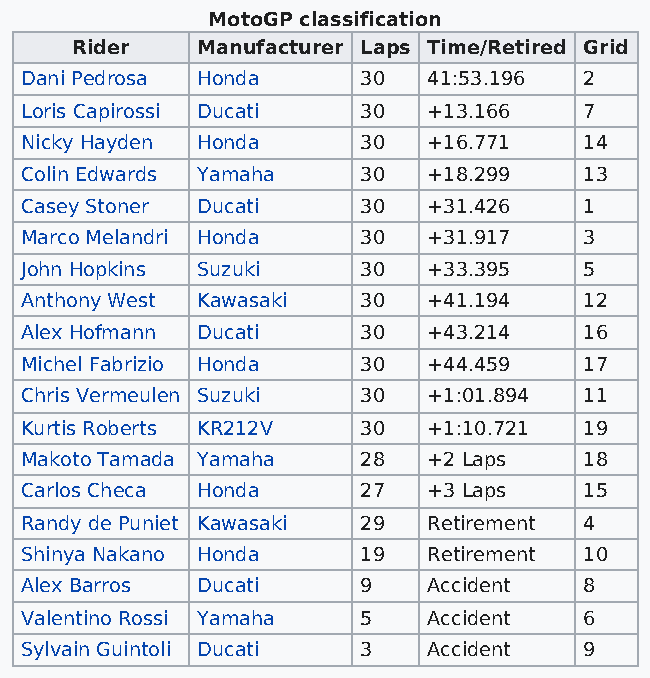
MotoGP classification
 Rider   Manufacturer Laps Time/Retired Grid
 Dani Pedrosa Honda     30  41:53.196  2
 Loris Capirossi Ducati 30  +13.166    7
 Nicky Hayden Honda     30  +16.771    14
 Colin Edwards Yamaha   30  +18.299    13
 Casey Stoner Ducati    30  +31.426    1
 Marco Melandri Honda   30  +31.917    3
 John Hopkins Suzuki    30  +33.395    5
 Anthony West Kawasaki  30  +41.194    12
 Alex Hofmann Ducati    30  +43.214    16
 Michel Fabrizio Honda  30  +44.459    17
 Chris Vermeulen Suzuki 30  +1:01.894  11
 Kurtis Roberts KR212V  30  +1:10.721  19
 Makoto Tamada Yamaha   28  +2 Laps    18
 Carlos Checa Honda     27  +3 Laps    15
 Randy de Puniet Kawasaki 29 Retirement 4
 Shinya Nakano Honda    19  Retirement 10
 Alex Barros Ducati     9   Accident   8
 Valentino Rossi Yamaha 5   Accident   6
 Sylvain Guintoli Ducati 3  Accident   9